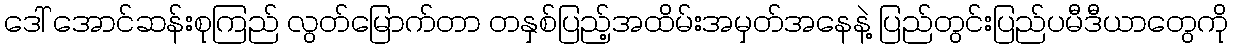
ဒေါ် အောင်ဆန်းစုကြည် လွတ်မြောက်တာ တနှစ်ပြည့်အထိမ်းအမှတ်အနေနဲ့ ပြည်တွင်းပြည်ပမီဒီယာတွေကို